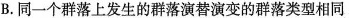
B.同一个群落上发生的群落演替演变的群落类型相同